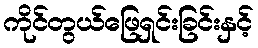
ကိုင်တွယ်ဖြေရှင်းခြင်းနှင့်